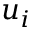
u _ { i }